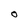
Character: O